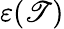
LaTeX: \varepsilon(\mathscr{T})